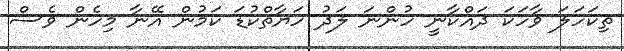
ތިކަހަލަ ވާހަކަ ދައްކާނީ ހުންނަ ލަދު ހަޔާތްކުޑަ ކަމުން އޭނާ މިހެން ވެސް